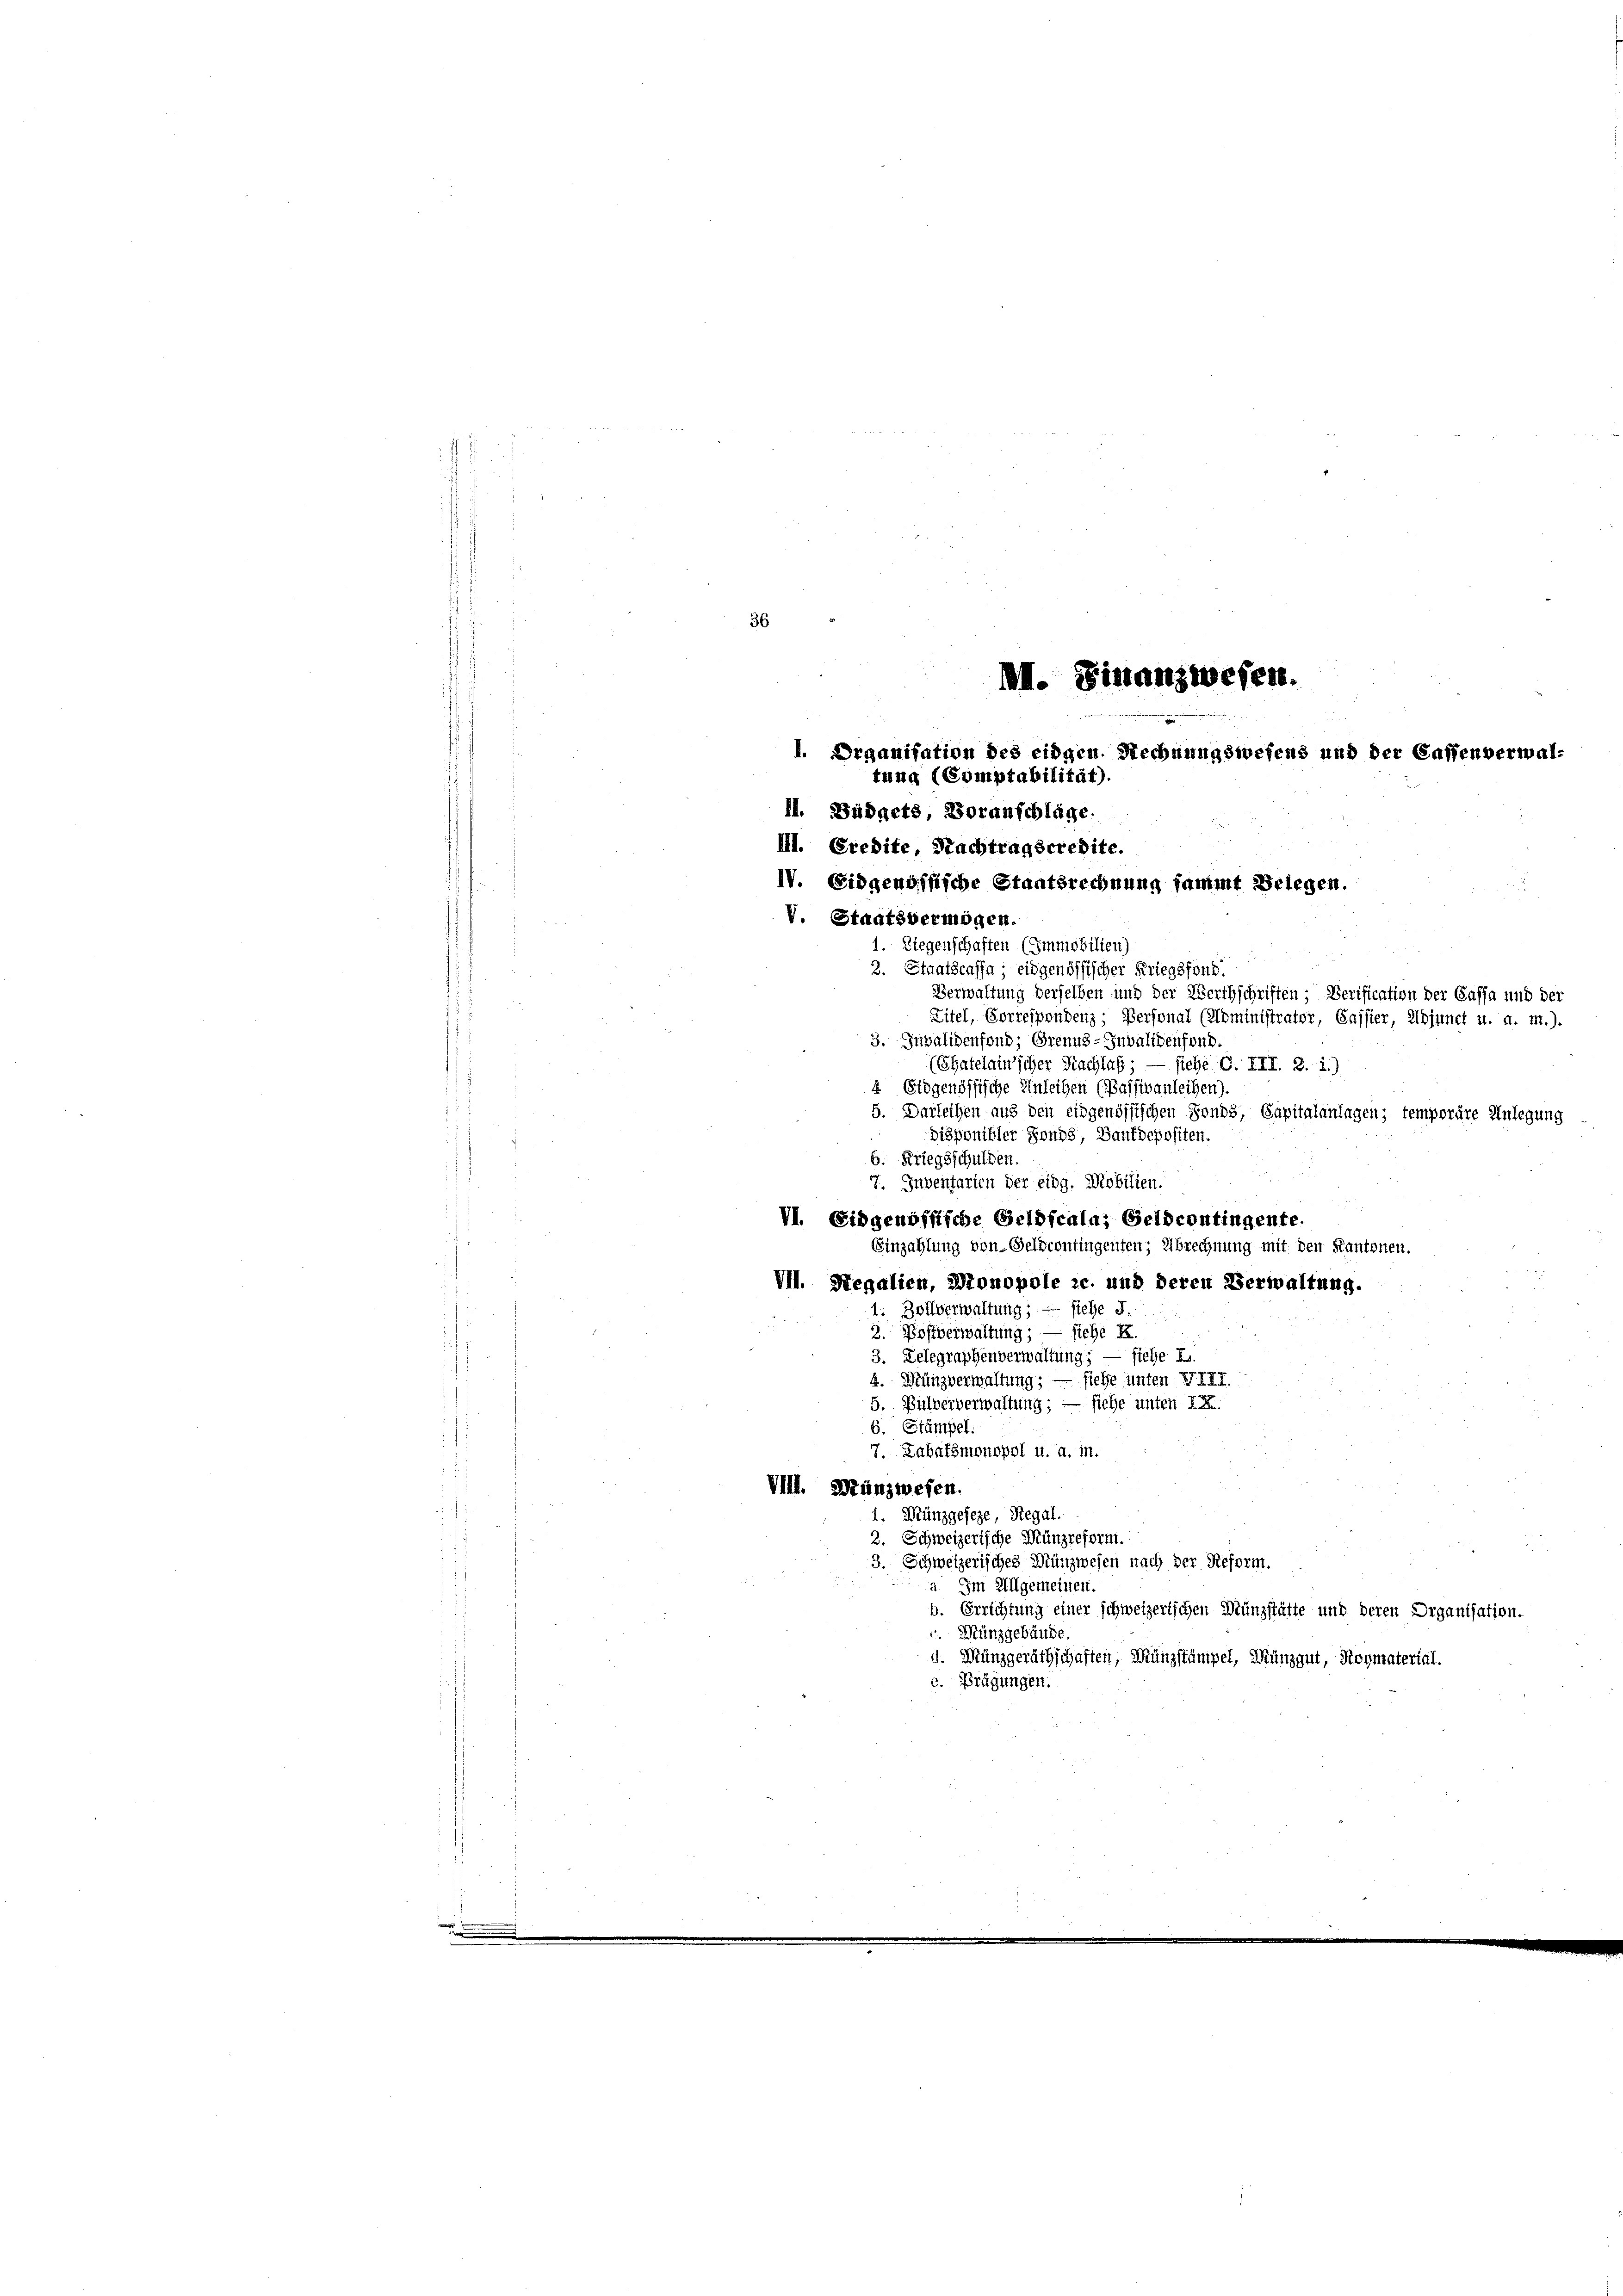
36

(Chatelainsicher Nachlaß
— stehe G. III. 2. 1)
4 Eidgenössische Einleihen (Passivanleihen).
5. Darleihen aus den eidgenössischen Fonds, Capitalanlagen; temporäre Anlegung
Disponibler Fonds, Bankdepositen.
6. Kriegsschulden.
7. Inventarien der eidg. Mobilien.
VI. Eidgenössische Geldfcala; Geldcontingente.
Einzahlung von Geldcontingenten; Abrechnung mit den Kantonen.
VII. Regalien, Monopole zc. und deren Verwaltung.
4. Zollverwaltung; — siehe J.
2. Postverwaltung; — siehe K
3. Belegraphenverwaltung; — siehe I
4. Wünzverwaltung; — siehe unten VIII.
5. Pulververwaltung; — siehe unter i
6. Stämpel
7. Labafsmonopol u. a. in.
VIII. Münzwesen.
 Münzgeseze, Regal.
2. Schweizerische Münzreform.
3. Schweizerisches Münzwesen nach der Reform.
2. Im Allgemeinen.
b. Errichtung einer schweizerischen Münzstätte und deren Organisation.
. Münzgebäude.
u. Münzgeräthschaften, Münzstämpel, Münzgut, Roymaterial.
c. Prägungen.

II. Finanzwesen.
3
u
I. Organisation des eidgen Rechnungswesens und der Cassenverwaltung (Comptabilität).
II. Büdgets, Voranschläge.
III. Credite, Nachtragscredite.
IV. Eidgenössische Staatsrechnung sammt Belegen.
V. Staatsvermögen.
1. Liegenschaften (Immobilien).
2. Staatscassa; eidgenössischer Kriegsfond.
Verwaltung derselben und der Werthschriften; Verification der Cassa und der
Zitel, Sorrespondenz; Personal (Noministrator, Saffier, Adjunct u. a. m.).
3. Juvalidenfond; Grenuz-Invalidenfond.